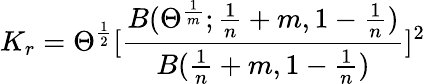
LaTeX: K_{r}=\Theta^{\frac{1}{2}}[\frac{B(\Theta^{\frac{1}{m}};\frac{1}{n}+m,1-\frac{1}{n})}{B(\frac{1}{n}+m,1-\frac{1}{n})}]^{2}